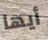
أيها